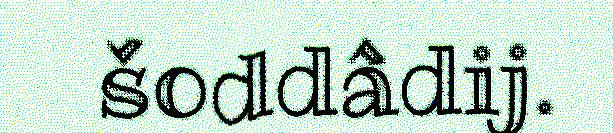
šoddâdij.